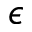
\epsilon